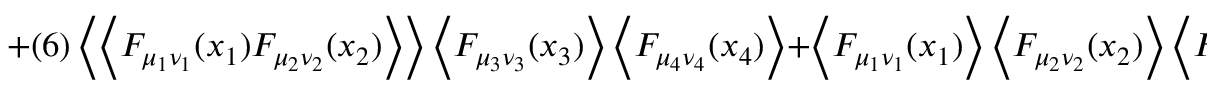
+ ( 6 ) \left< \left< F _ { \mu _ { 1 } \nu _ { 1 } } ( x _ { 1 } ) F _ { \mu _ { 2 } \nu _ { 2 } } ( x _ { 2 } ) \right> \right> \left< F _ { \mu _ { 3 } \nu _ { 3 } } ( x _ { 3 } ) \right> \left< F _ { \mu _ { 4 } \nu _ { 4 } } ( x _ { 4 } ) \right> + \left< F _ { \mu _ { 1 } \nu _ { 1 } } ( x _ { 1 } ) \right> \left< F _ { \mu _ { 2 } \nu _ { 2 } } ( x _ { 2 } ) \right> \left< F _ { \mu _ { 3 } \nu _ { 3 } } ( x _ { 3 } ) \right> \left< F _ { \mu _ { 4 } \nu _ { 4 } } ( x _ { 4 } ) \right> .